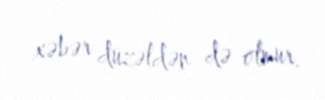
xəbər düzəldən də olmur.